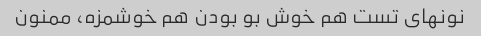
نونهای تست هم خوش بو بودن هم خوشمزه، ممنون